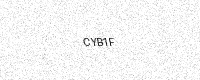
Text: CYB1F